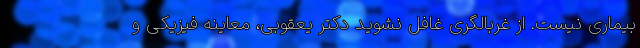
بیماری نیست. از غربالگری غافل نشوید دکتر یعقوبی، معاینه فیزیکی و